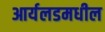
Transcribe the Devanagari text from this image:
आर्यलडमधील